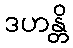
ဒဟန္တိ